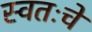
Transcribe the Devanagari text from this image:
स्वतःचे